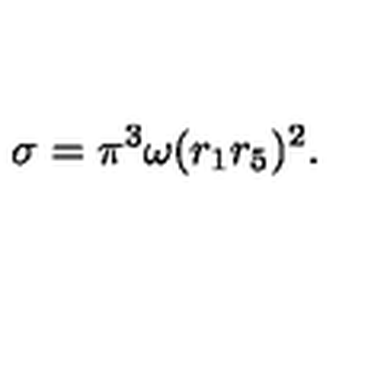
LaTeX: \sigma = \pi ^ { 3 } \omega ( r _ { 1 } r _ { 5 } ) ^ { 2 } .